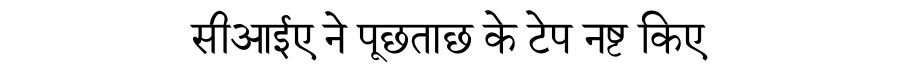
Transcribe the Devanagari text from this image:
सीआईए ने पूछताछ के टेप नष्ट किए